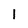
Character: I